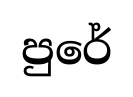
පුරේ